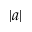
\lvert a \rvert